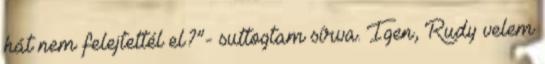
hát nem felejtettél el?”- suttogtam sírva. Igen, Rudy velem